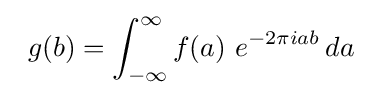
\,\,\,g(b)=\int _{-\infty }^{\infty }f(a)\ e^{-2\pi iab}\,da